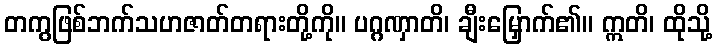
တကွဖြစ်ဘက်သဟဇာတ်တရားတို့ကို။ ပဂ္ဂဏှာတိ၊ ချီးမြှောက်၏။ ဣတိ၊ ထိုသို့